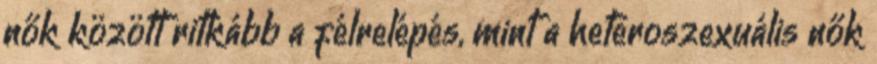
nők között ritkább a félrelépés, mint a heteroszexuális nők